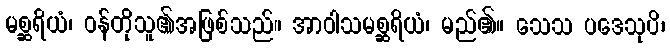
မစ္ဆရိယံ၊ ဝန်တိုသူ၏အဖြစ်သည်။ အာဝါသမစ္ဆရိယံ၊ မည်၏။ သေသ ပဒေသုပိ၊